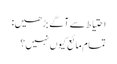
احتیاط سے آگے بڑھیں:
تمام مائع کیوں نہیں؟